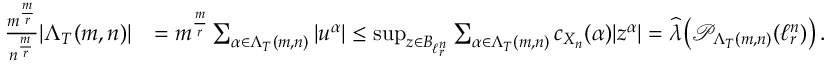
\begin{array} { r l } { \frac { m ^ { \frac { m } { r } } } { n ^ { \frac { m } { r } } } | \Lambda _ { T } ( m , n ) | } & { = m ^ { \frac { m } { r } } \sum _ { \alpha \in \Lambda _ { T } ( m , n ) } | u ^ { \alpha } | \leq \operatorname* { s u p } _ { z \in B _ { \ell _ { r } ^ { n } } } \sum _ { \alpha \in \Lambda _ { T } ( m , n ) } c _ { X _ { n } } ( \alpha ) | z ^ { \alpha } | = \widehat { \boldsymbol { \lambda } } \big ( \mathcal { P } _ { \Lambda _ { T } ( m , n ) } ( \ell _ { r } ^ { n } ) \big ) \, . } \end{array}